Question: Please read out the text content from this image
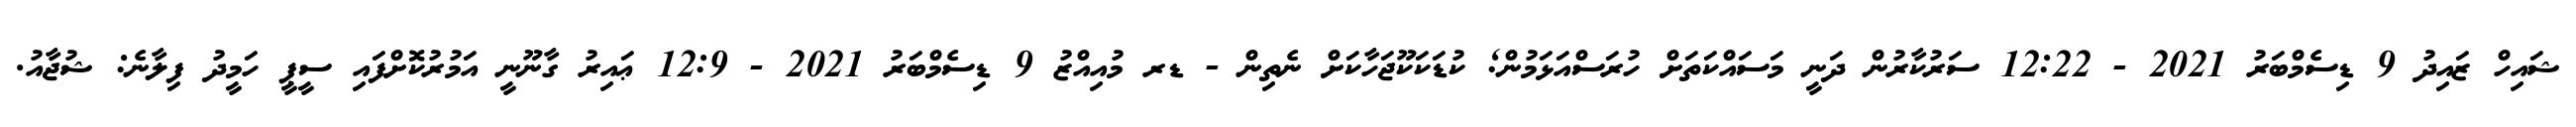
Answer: ޝައިހް ޒައިދު 9 ޑިސެމްބަރު 2021 - 12:22 ސަރުކާރުން ދަނީ މަސައްކަތަށް ހުރަސްއަޅަމުން; ކުޑަކަކޫޖަހާކަށް ނެތިން - ޑރ މުއިއްޒު 9 ޑިސެމްބަރު 2021 - 12:9 ޢައިރު ގާނޫނީ އަމުރުކޮށްފައި ސީޕީ ހަމީދު ފިލާނެ: ޝުޖާއު.